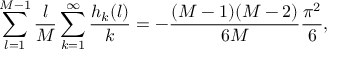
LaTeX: \sum _ { l = 1 } ^ { M - 1 } { \frac { l } { M } } \sum _ { k = 1 } ^ { \infty } { \frac { h _ { k } ( l ) } { k } } = - { \frac { ( M - 1 ) ( M - 2 ) } { 6 M } } { \frac { \pi ^ { 2 } } { 6 } } ,